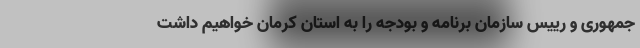
جمهوری و رییس سازمان برنامه و بودجه را به استان کرمان خواهیم داشت